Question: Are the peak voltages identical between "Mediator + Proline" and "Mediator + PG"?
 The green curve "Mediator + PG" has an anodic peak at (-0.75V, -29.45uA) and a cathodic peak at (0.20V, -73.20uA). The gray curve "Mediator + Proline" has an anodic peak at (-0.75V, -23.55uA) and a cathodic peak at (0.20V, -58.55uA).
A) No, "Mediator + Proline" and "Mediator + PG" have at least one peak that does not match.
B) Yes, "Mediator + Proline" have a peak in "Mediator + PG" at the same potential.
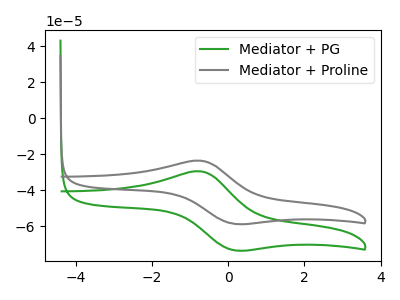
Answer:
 <answer>B) Yes, "Mediator + Proline" have a peak in "Mediator + PG" at the same potential.</answer>
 <eval>B</eval>